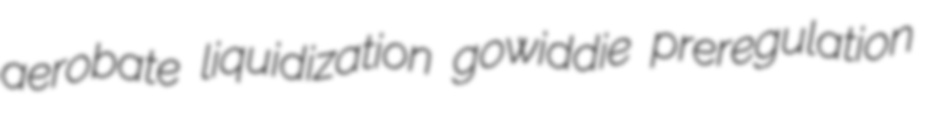
aerobate liquidization gowiddie preregulation